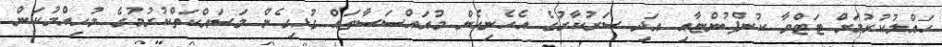
ޙައްލުކުރުމަށް ޓަޓްވާ ކުންފުންޏާއި އަދި ސަރުކާރުގެ އެހެނިހެން މުއައްސަސާތައް ގުޅިގެން މަސައްކަތްކުރުމުގެ މުހިއްމުކަން